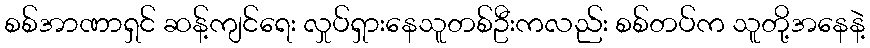
စစ်အာဏာရှင် ဆန့်ကျင်ရေး လှုပ်ရှားနေသူတစ်ဦးကလည်း စစ်တပ်က သူတို့အနေနဲ့